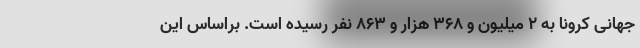
جهانی کرونا به ۲ میلیون و ۳۶۸ هزار و ۸۶۳ نفر رسیده است. براساس این